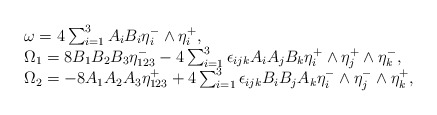
\begin{align*}\begin{array}{ll}\omega= 4 \sum_{i=1}^3 A_i B_i \eta_i^- \wedge \eta_i^+, \\\Omega_1 = 8 B_1 B_2 B_3 \eta_{123}^- -4 \sum_{i=1}^3 \epsilon_{ijk} A_i A_j B_k \eta_i^+ \wedge \eta_j^+ \wedge \eta_k^-, \\\Omega_2 = -8 A_1 A_2 A_3 \eta_{123}^+ +4 \sum_{i=1}^3 \epsilon_{ijk} B_i B_j A_k \eta_i^- \wedge \eta_j^- \wedge \eta_k^+,\end{array}\end{align*}